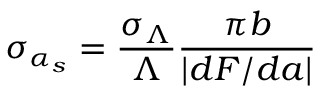
\sigma _ { \alpha _ { s } } = \frac { \sigma _ { \Lambda } } { \Lambda } \frac { \pi b } { \left| d F / d a \right| }